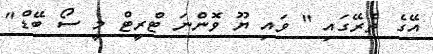
އޭގެ ތެރޭގައި " ވައި ޔޫ ވޮންނަ ޓްރީޓް މީ ސޯ ބޭޑް"